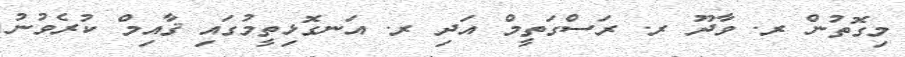
މިގޮތުން ރ. ވާދޫ ރ. ރަސްގަތީމް އަދި ރ. އަނގޮޅިތީމުގައި ޤާއިމް ކުރެވުނު